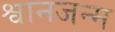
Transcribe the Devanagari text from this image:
श्वानजन्म